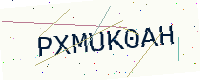
Text: PXMUK0AH